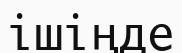
ішіңде